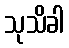
သုသိခါ